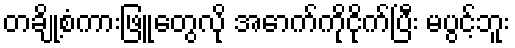
တချို့စံကားဖြူတွေလို အောက်ကိုငိုက်ပြီး မပွင့်ဘူး